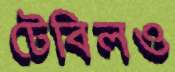
টেবিলও